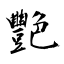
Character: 艷